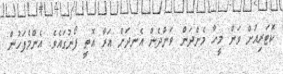
ކޮޓަރިއަށް ވަން މީހާ މެންދަން ވަންދެން އެނދަށް އަރާ އޮތީ ފޯނުގައެވެ. އެންމެފަހުން